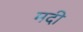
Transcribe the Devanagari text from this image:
मदी